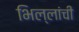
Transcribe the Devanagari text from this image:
भिल्लांची